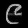
Digit: ၉